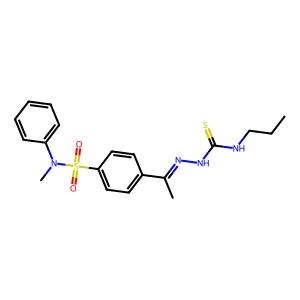
SMILES: CCCNC(=S)NN=C(C)c1ccc(S(=O)(=O)N(C)c2ccccc2)cc1
Inhibits HIV replication: No